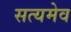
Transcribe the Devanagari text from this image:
सत्‍यमेव